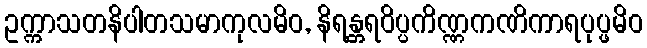
ဥက္ကာသတနိပါတသမာကုလမိဝ, နိရန္တရဝိပ္ပကိဏ္ဏကဏိကာရပုပ္ဖမိဝ